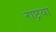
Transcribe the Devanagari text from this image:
राष्ट्रया